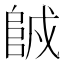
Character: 𨹇